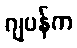
ဂျပန်က